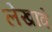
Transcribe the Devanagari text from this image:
लेखावे